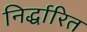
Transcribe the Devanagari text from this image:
निर्द्धारित